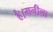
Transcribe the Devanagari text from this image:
है।मनीला